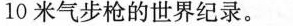
10米气步枪的世界纪录。